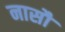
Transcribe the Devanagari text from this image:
नासौ